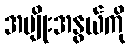
အမျိုးအနွယ်ကို